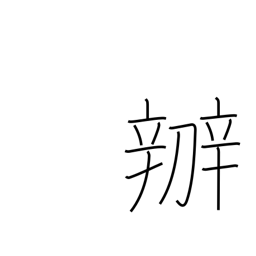
Meaning: manage